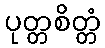
ပုတ္တစိတ္တံ